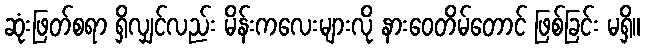
ဆုံးဖြတ်စရာ ရှိလျှင်လည်း မိန်းကလေးများလို နားဝေတိမ်တောင် ဖြစ်ခြင်း မရှိ။